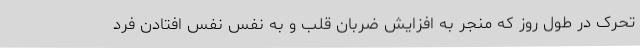
تحرک در طول روز که منجر به افزایش ضربان قلب و به نفس نفس افتادن فرد